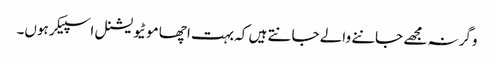
وگرنہ مجھے جاننے والے جانتے ہیں کہ بہت اچھا موٹیویشنل اسپیکر ہوں۔